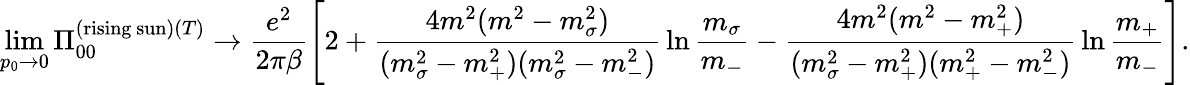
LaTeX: \operatorname*{lim}_{p_{0}\rightarrow 0}\Pi_{00}^{(\mathrm{rising\ sun})(T)}\rightarrow\frac{e^{2}}{2\pi\beta}\left[2+\frac{4m^{2}(m^{2}-m_{\sigma}^{2})}{(m_{\sigma}^{2}-m_{+}^{2})(m_{\sigma}^{2}-m_{-}^{2})}\, \ln\frac{m_{\sigma}}{m_{-}}-\frac{4m^{2}(m^{2}-m_{+}^{2})}{(m_{\sigma}^{2}-m_{+}^{2})(m_{+}^{2}-m_{-}^{2})}\, \ln\frac{m_{+}}{m_{-}}\right].